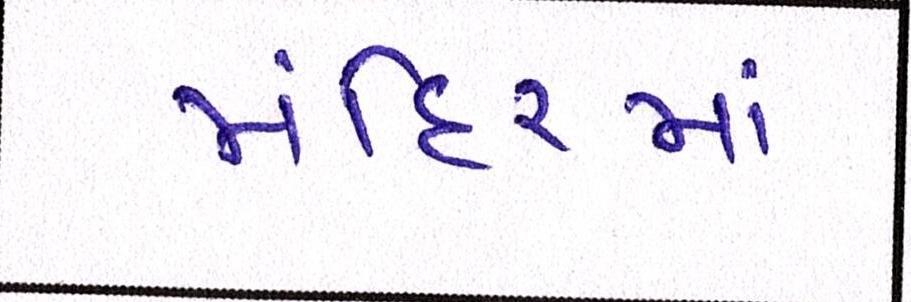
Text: મંદિરમાં